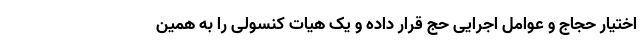
اختیار حجاج و عوامل اجرایی حج قرار داده و یک هیات کنسولی را به همین